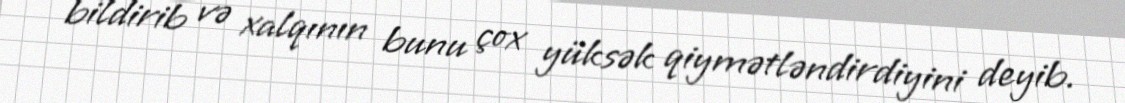
bildirib və xalqının bunu çox yüksək qiymətləndirdiyini deyib.